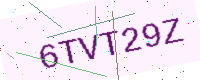
Text: 6TVT29Z